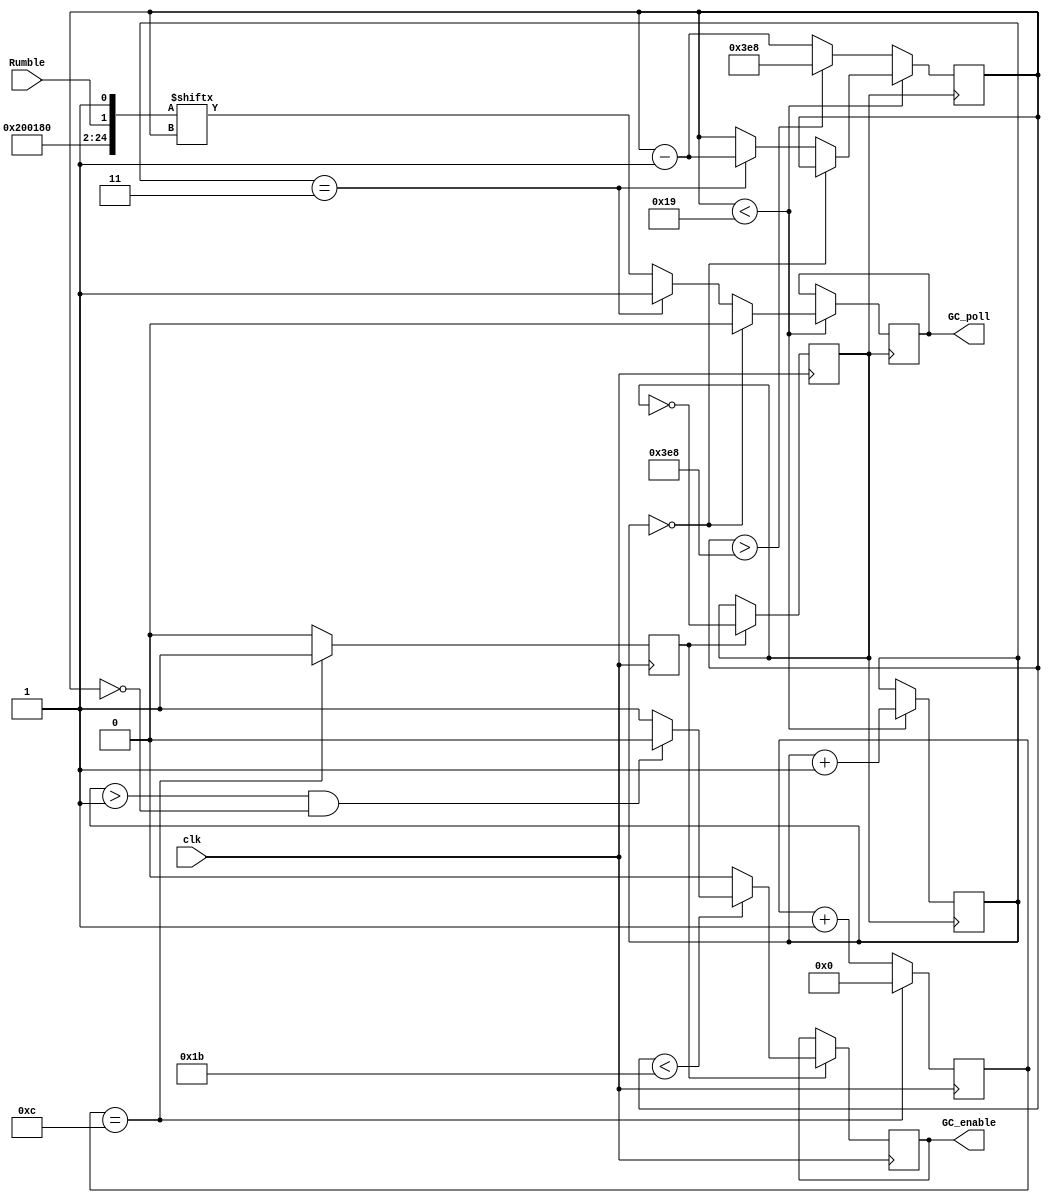
module GC_PollGen ( input clk , output reg GC_poll , output reg GC_enable , input Rumble //, input reset_polling 
);

//reg [35:0] Connect =    36'b0001_0001_0001_0001_0001_0001_0001_0001_0111;
//reg [35:0] Sync =       36'b0001_0111_0001_0001_0001_0001_0001_0111_0111;
reg [24:0] Data =   25'b0100_0000_0000_0011_0000_0000_1; 
reg GC_poll = 1;

initial begin
	poll_period = 1000; //poll period of 1000 is about 1ms polling
end
parameter bits = 11; parameter bits_reset = 1000; reg [11:0] poll_period;
reg [bits:0] bit_counter = bits_reset; reg [1:0] bit_place = 0;
reg [3:0] clk_counter = 0; 
reg GC = 0; reg clk1MHz = 0; reg last_successful_poll = 0; reg [bits:0] last_successful_count;

always @ ( posedge GC ) begin
	if ( bit_counter < 25 ) begin 
        if ( bit_place == 2'b00 ) begin
		GC_poll <= 1'b0;
        end else if ( bit_place == 2'b11 ) begin
            GC_poll <= 1'b1; 
            bit_counter <= bit_counter - 1; 
        end else begin
            GC_poll <= Data[bit_counter];
        end
		bit_place <= bit_place + 1;
	end
	else begin
        bits_place <= 2'b11;
		if ( bit_counter > bits_reset ) begin //&& last_successful_poll == 0 ) begin // counter wrapped 
				bit_counter <= bits_reset;
		end
		else begin
			bit_counter <= bit_counter - 1; 
		end
	end
end

always @ ( posedge clk ) begin //divides the 27MHz clk to 1MHz
	clk_counter <= clk_counter + 1; clk1MHz <= 1'b0;
	if ( clk_counter == 12 ) begin 
		clk1MHz <= 1'b1; clk_counter <= 0;
	end
    if ( clk1MHz ) begin
        GC <= ~ GC;
        if ( bit_counter < 27 ) begin
            if ( bit_place > 2'b01 && bit_counter == 0 ) begin
			    GC_enable <= 0; //FPGA gives control of the data line to Gamecube controller
            end else begin
                GC_enable <= 1;
            end
		end
		else begin
            GC_enable <= 0;
		end
    end
end

always @ ( * ) begin
	Data[1] = Rumble;
end

endmodule